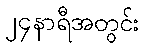
၂၄နာရီအတွင်း